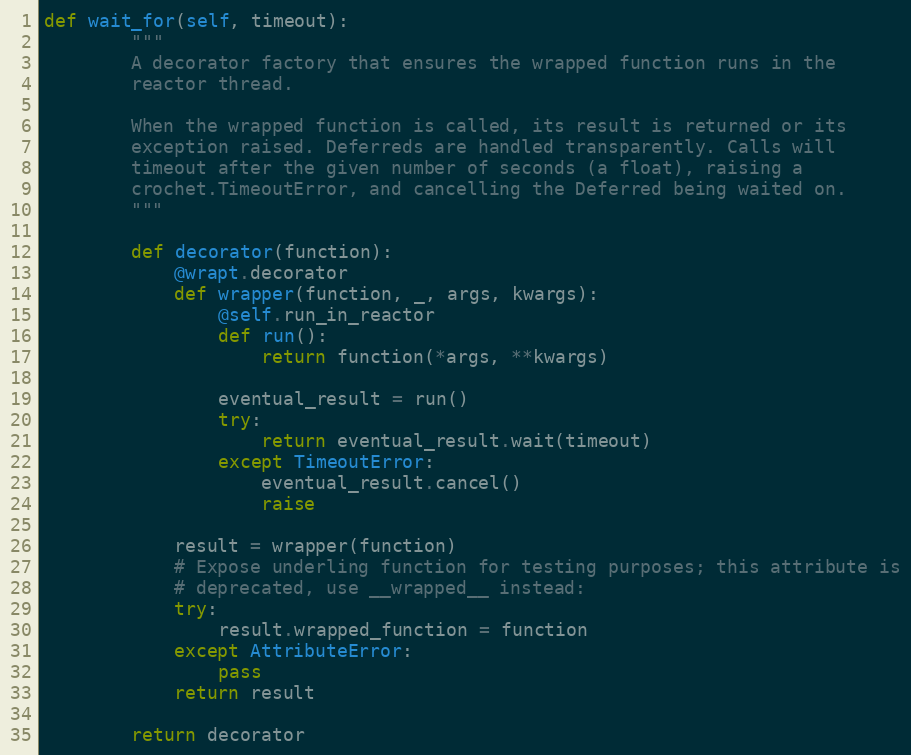
Language: Python
def wait_for(self, timeout):
        """
        A decorator factory that ensures the wrapped function runs in the
        reactor thread.

        When the wrapped function is called, its result is returned or its
        exception raised. Deferreds are handled transparently. Calls will
        timeout after the given number of seconds (a float), raising a
        crochet.TimeoutError, and cancelling the Deferred being waited on.
        """

        def decorator(function):
            @wrapt.decorator
            def wrapper(function, _, args, kwargs):
                @self.run_in_reactor
                def run():
                    return function(*args, **kwargs)

                eventual_result = run()
                try:
                    return eventual_result.wait(timeout)
                except TimeoutError:
                    eventual_result.cancel()
                    raise

            result = wrapper(function)
            # Expose underling function for testing purposes; this attribute is
            # deprecated, use __wrapped__ instead:
            try:
                result.wrapped_function = function
            except AttributeError:
                pass
            return result

        return decorator